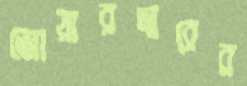
জোয়ারদারের